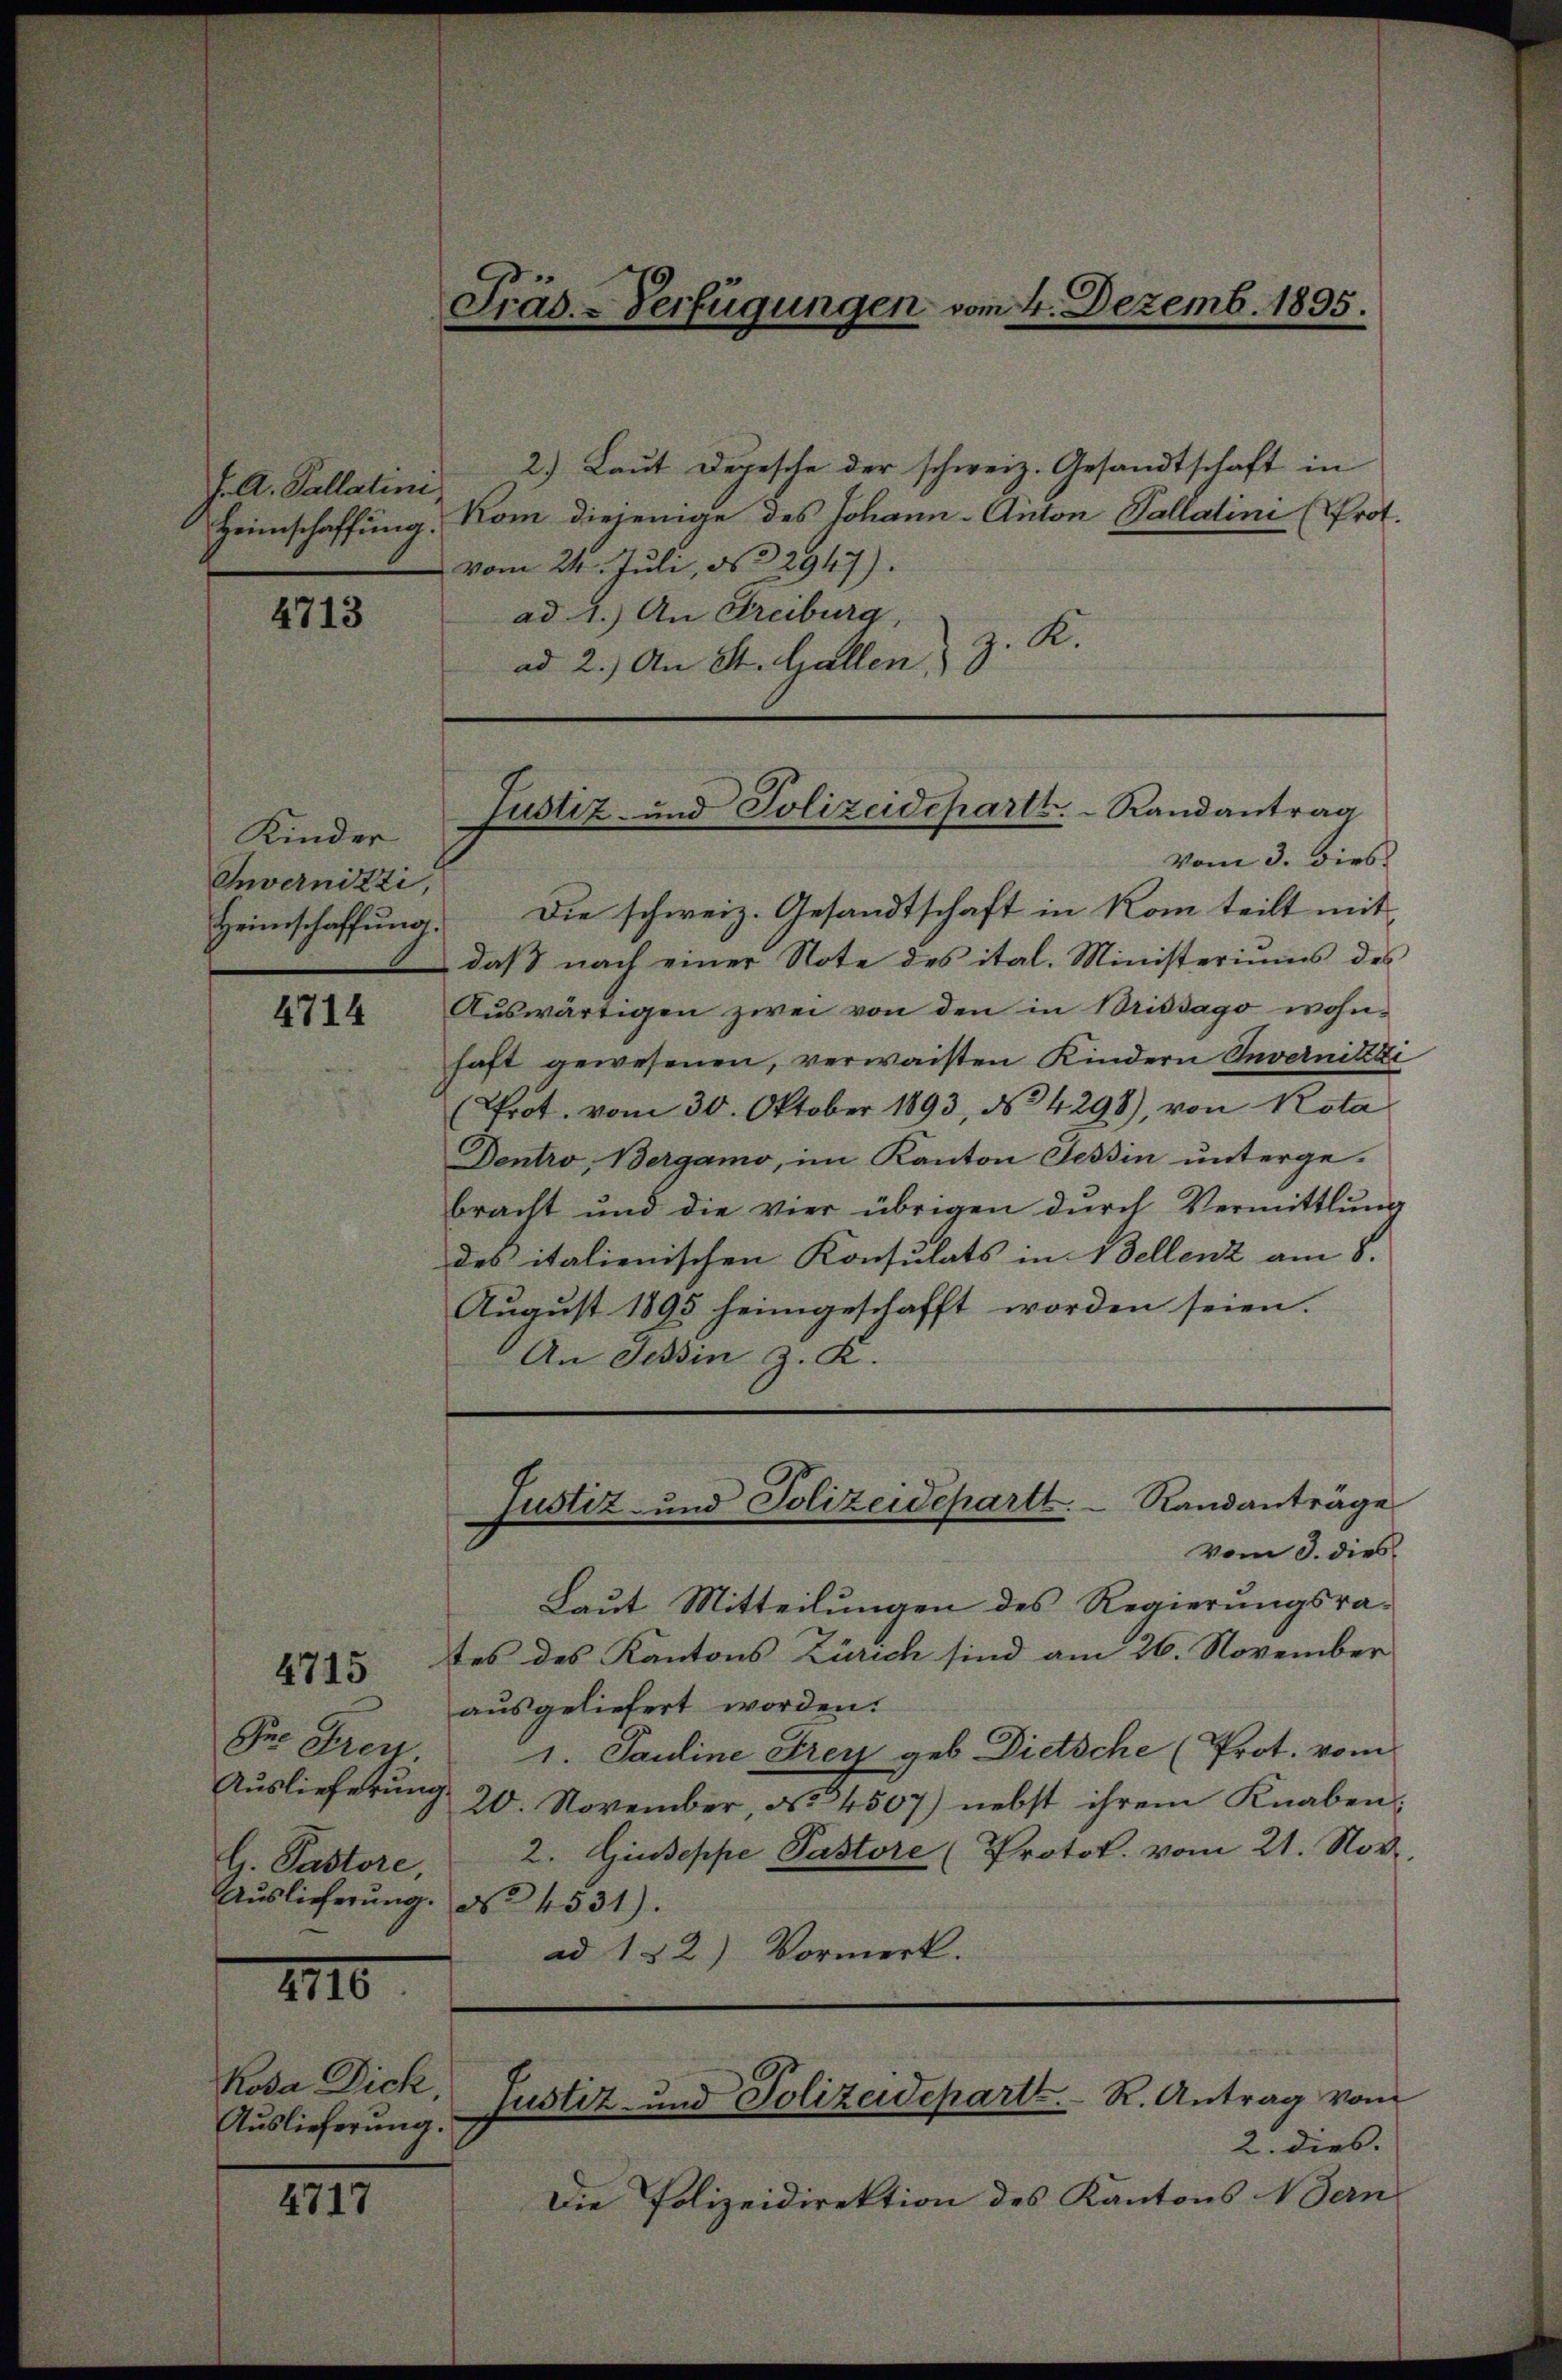
J. A. Pallatini,
Heimschaffung.

4713

Kinder
Invernitzi,

4714

4715

1110.

Koda Dick
Auslieferung.

4717

Präs. - Verfügungen vom 4. Dezemb. 1895.

2.) Laut Depesche der schweiz. Gesandtschaft in
Kom diejenige des Johann-Anton Tallatini (Prot.
vom 24. Juli, No 2947).
ad 1.) An Streiburg,
ad 2. An St. Gallen, z. K.

Justiz- und Polizeideparte. Randantrag
vom 3. dies

Heimschaffung. Die schweiz. Gesandtschaft in Rom teilt mit
daß nach einer Note des ital. Ministeriums des
Auswärtigen zwei von den in Brissago wohnhaft gewesenen, verwaisten Kindern Invernitzi
(Prot. vom 30. Oktober 1893, No 4298), von Rota
Dentro Bergamo, im Kanton Tessin unterge-
bracht und die vier übrigen dŭrch Vermittlung
des italienischen Konsulats in Bellenz am 8.
August 1895 heimgeschafft worden seien.
An Tessin z. K.

Laut Mitteilungen des Regierungsra-
tes des Kantons Zürich sind am 26. November
ausgeliefert worden.
e Fren 1. Pauline Strey geb. Dietsche (Prot. vom
Aŭslieferŭng 20. November, No 34507) nebst ihrem Knaben:
G. Pastore, 2. Giuseppe Pastore (Protok. vom 21. Nov.
Aŭslieferŭng. No 4531).
ad 132) Vormerk.

Justiz- und Polizeidepartt.  Randanträge
vom 3. dies

Justiz- und Polizeidepart. R. Antrag vom

2. dies.
Die Polizeidirektion des Kantons Vern